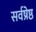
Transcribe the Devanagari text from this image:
सर्वष्रेष्ठ